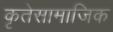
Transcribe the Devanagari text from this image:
कृतेसामाजिक